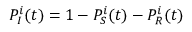
P _ { I } ^ { i } ( t ) = 1 - P _ { S } ^ { i } ( t ) - P _ { R } ^ { i } ( t )